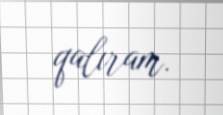
qalıram.